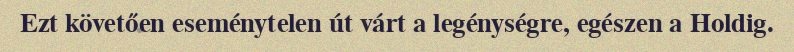
Ezt követően eseménytelen út várt a legénységre, egészen a Holdig.